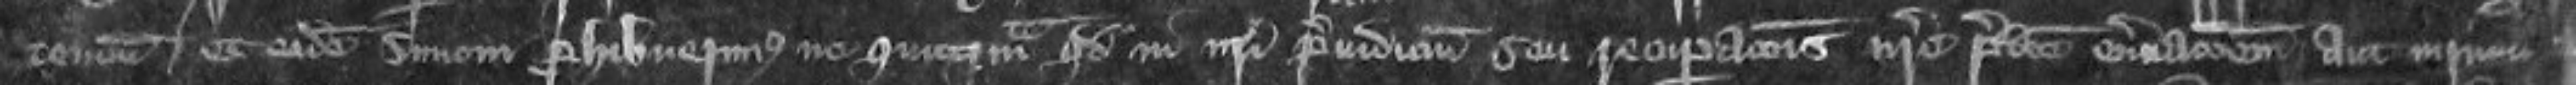
tencium et eidem Simoni prohibierimus ne quicquam quod in nostri preiudicium seu recuperationis nostre predicte enervationem aut iniuriam